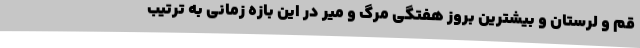
قم و لرستان و بیشترین بروز هفتگی مرگ و میر در این بازه زمانی به ترتیب